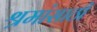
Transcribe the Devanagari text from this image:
श्रमांसाठी